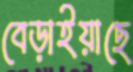
বেড়াইয়াছে